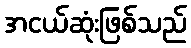
အငယ်ဆုံးဖြစ်သည်